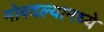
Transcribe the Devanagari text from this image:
मोबदल्यामध्ये